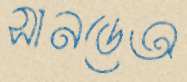
সানডেঅ